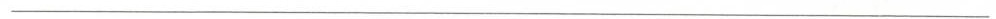
___